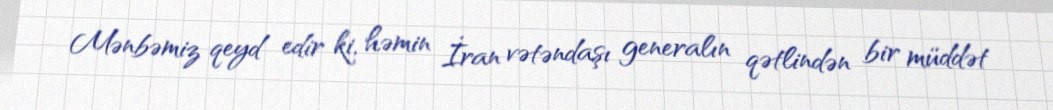
Mənbəmiz qeyd edir ki, həmin İran vətəndaşı generalın qətlindən bir müddət